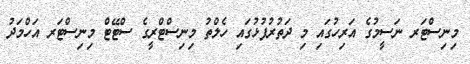
މިނިސްޓަރ ނަސީމުގެ އަރިހުގައި މި ދަތުރުފުޅުގައި ހެލްތު މިނިސްޓްރީގެ ސްޓޭޓް މިނިސްޓަރ އަހްމަދު